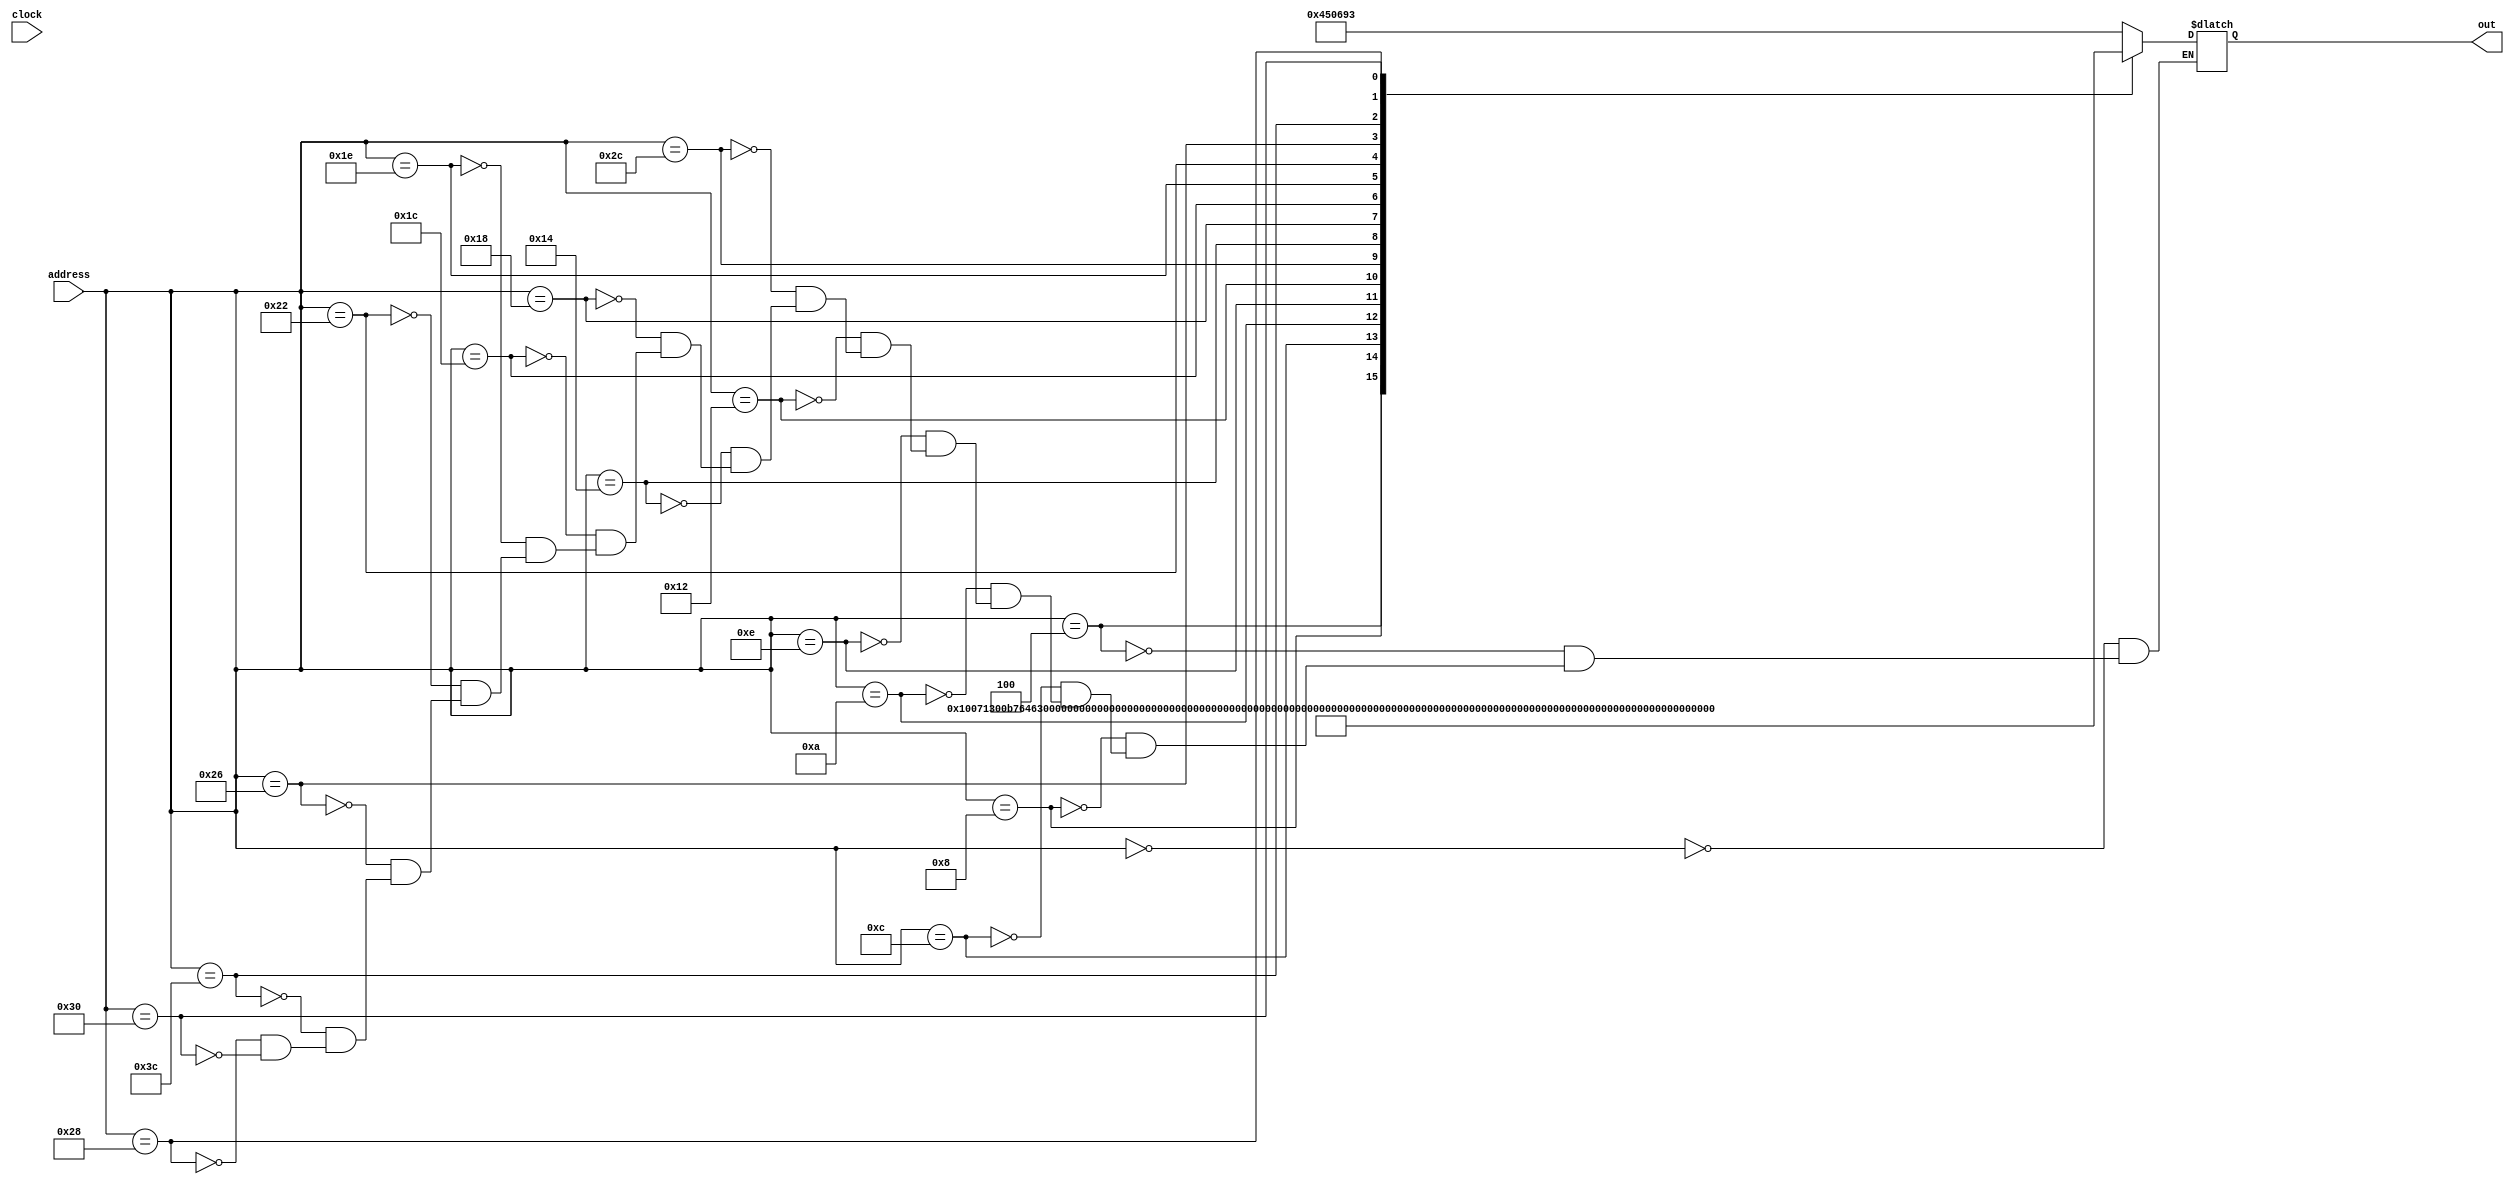
module ROM ( address, clock, out);

input [31:0] address;
input clock;
output reg [31:0] out;


always @(address)
	begin
	case(address)
	8'd 0: out = 32'h00450693;
	8'd 4: out = 32'h00100713;
	
	//Outer Loop
	8'd 8: out = 32'h00b76463;
	
	//Exit Outer Loop
	8'h c: out = 32'h00008067;
	
	//Continue Outer Loop
	8'd 10: out = 32'h0006a803;
	8'd 14: out = 32'h00068613;
	8'd 18: out = 32'h00070793;
	
	//Inner Loop
	8'h 2c: out = 32'hffc62883;
	8'd 20: out = 32'h01185a63;
	8'd 24: out = 32'h01162023;
	8'd 28: out = 32'hfff78793;
	8'h 2c: out = 32'hffc60613;
	8'd 30: out = 32'hfe0796e3;
	
	//Exit Inner Loop
	8'd 34: out = 32'h00279793;
	8'd 38: out = 32'h00f507b3;
	8'h 3c: out = 32'h0107a023;
	8'd 40: out = 32'h00170713;
	8'd 44: out = 32'h00468693;
	8'd 48: out = 32'hfc1ff06f;
	
	
endcase

end
	
endmodule